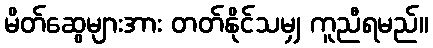
မိတ်ဆွေများအား တတ်နိုင်သမျှ ကူညီရမည်။